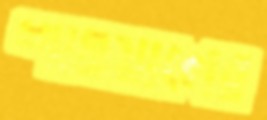
শাওয়ালের